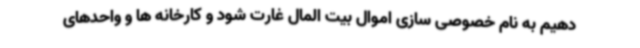
دهیم به نام خصوصی سازی اموال بیت المال غارت شود و کارخانه ها و واحدهای